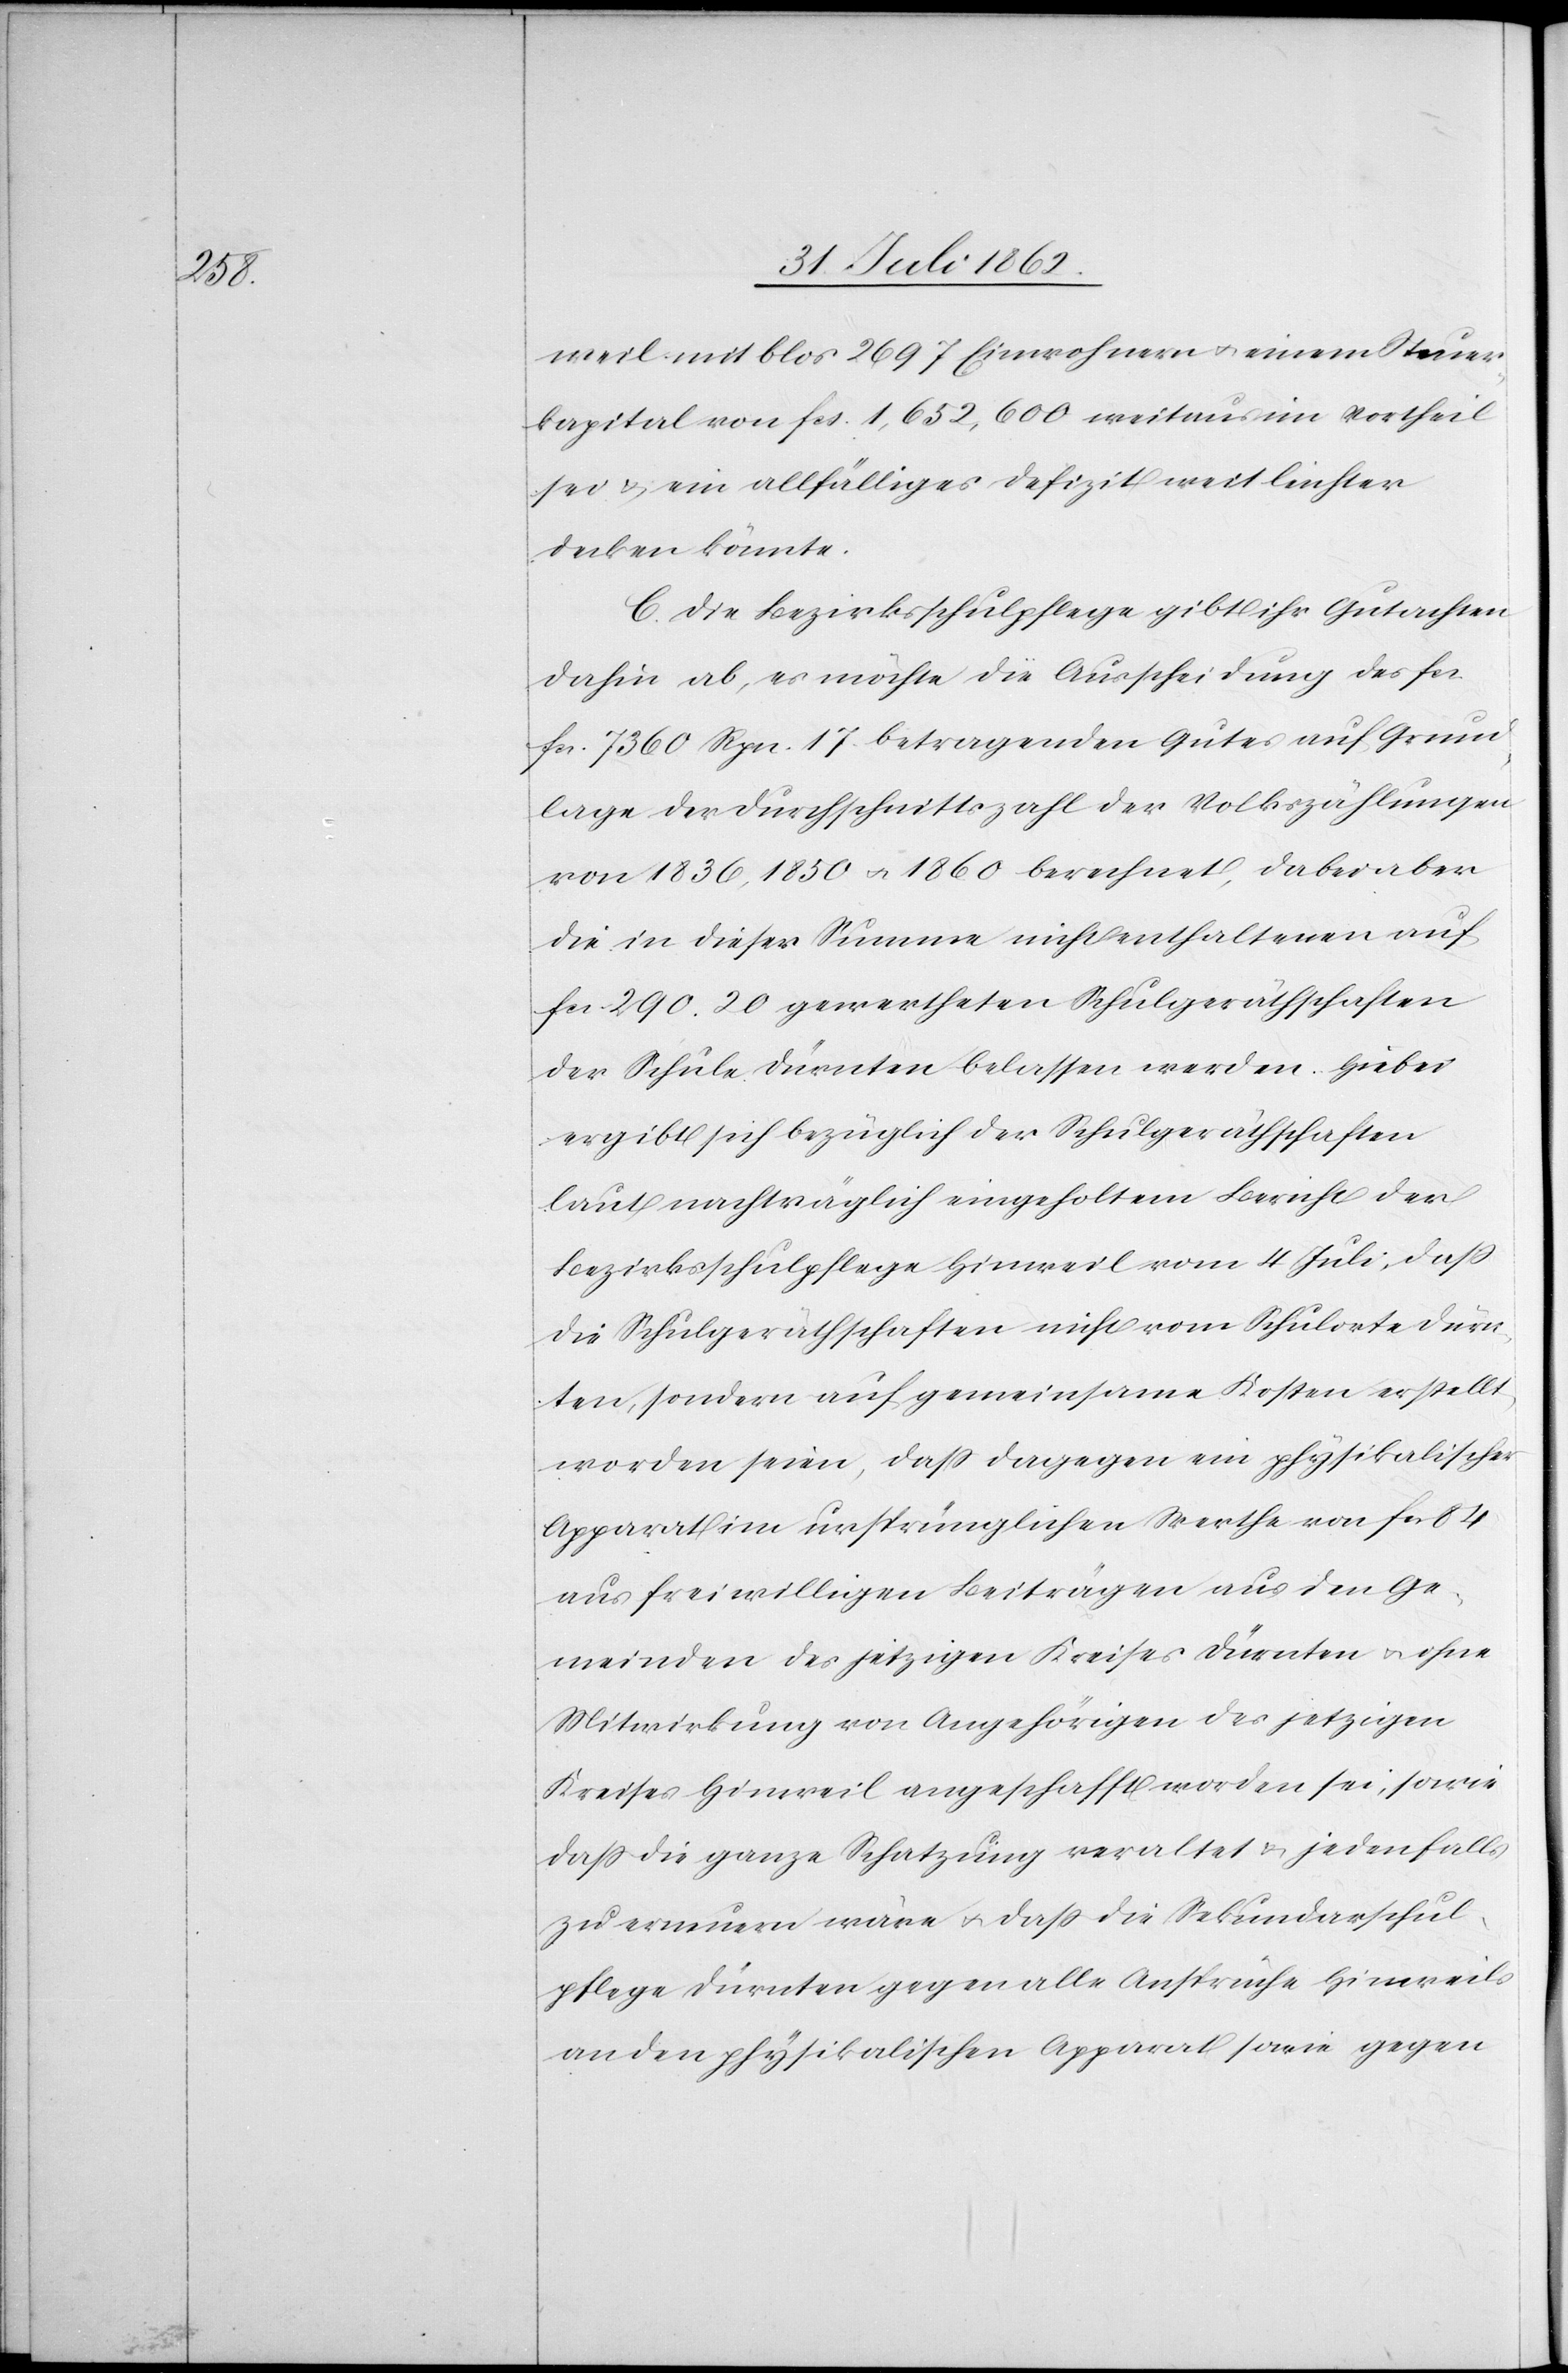
weil mit blos 2697 Einwohnern u. einem Steuer¬
kapital von fcs. 1,625,600 weitaus im Vortheil
sei u. ein allfälliges Defizit weit leichter
decken könnte.
C. Die Bezirksschulpflege gibt ihr Gutachten
dahin ab, es möchte die Ausscheidung des fcs.
[sic!] 7360 Rpn. 17 betragenden Gutes auf Grund¬
lage der Durchschnittszahl der Volkszählungen
von 1836, 1850 u. 1860 berechnet, dabei aber
die in diese Summe nicht enthaltenden auf
fcs. 290. 20 gewertheten Schulgeräthschaften
der Schule Dürnten belassen werden. Hiebei
ergibt sich bezüglich der Schulgeräthschaften
laut nachträglich eingeholtem Bericht der
Bezirksschulpflege Hinweil vom Schulorte Dür¬
nten, sondern auf gemeinsame Kosten erstellt
worden seien, daß dagegen ein physikalischer
Apparat im ursprünglichen Werthe von fcs. 84
aus freiwilligen Beiträgen aus den Ge¬
meinden des jetzigen Kreises Dürnten u. ohne
Mitwirkung von Angehörigen des jetzigen
Kreises Hinweil angeschafft worden sei, sowie
daß die ganze Schatzung veraltet u. jedenfalls
zu erneuern wäre u. daß die Sekundarschul¬
pflege Dürnten gegen alle Ansprüche Hinweils
an den physikalischen Apparat sowie gegen